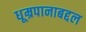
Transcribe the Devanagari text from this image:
धूम्रपानाबद्दल